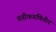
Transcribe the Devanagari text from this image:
प्रतीकगणितीय